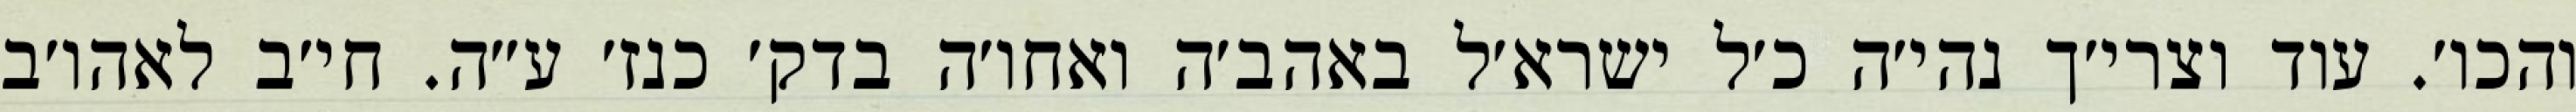
והכו׳. עוד וצרי׳ך נהי׳ה כ׳ל ישרא׳ל באהב׳ה ואחו׳ה בדק׳ כנז׳ ע״ה. חי׳ב לאהו׳ב